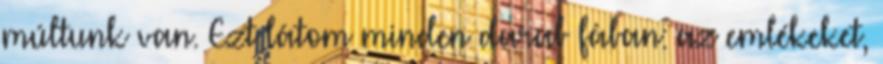
múltunk van. Ezt látom minden darab fában: az emlékeket,